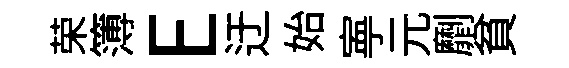
荣簿E迂始寕元劘貧